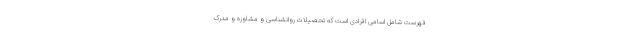
فهرست شامل اسامی افرادی است که تحصیلات روانشناسی و مشاوره و مدرک